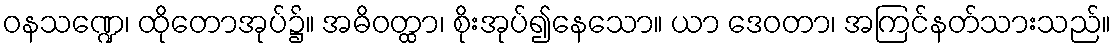
ဝနသဏ္ဍေ၊ ထိုတောအုပ်၌။ အဓိဝတ္ထာ၊ စိုးအုပ်၍နေသော။ ယာ ဒေဝတာ၊ အကြင်နတ်သားသည်။